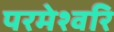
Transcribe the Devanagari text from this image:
परमेश्वरि